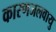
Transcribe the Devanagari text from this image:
कारणजलवायु